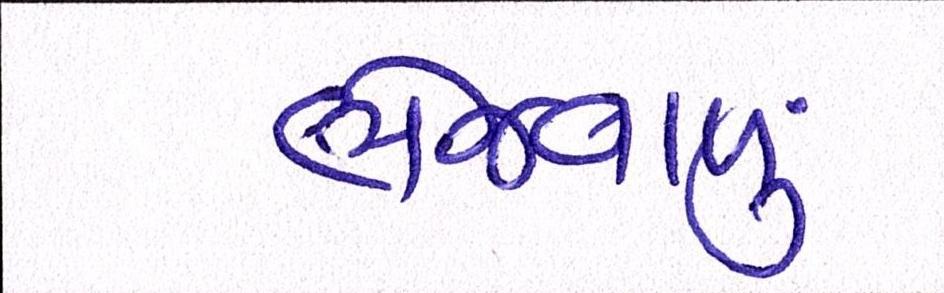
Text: ભેજવાળું